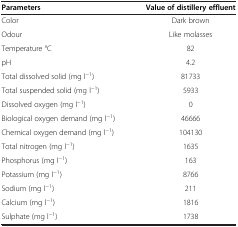
<table><thead><tr><td><b>Parameters</b></td><td><b>Value of distillery effluent</b></td></tr></thead><tbody><tr><td>Color</td><td>Dark brown</td></tr><tr><td>Odour</td><td>Like molasses</td></tr><tr><td>Temperature °C</td><td>82</td></tr><tr><td>pH</td><td>4.2</td></tr><tr><td>Total dissolved solid (mg l<sup>−1</sup>)</td><td>81733</td></tr><tr><td>Total suspended solid (mg l<sup>−1</sup>)</td><td>5933</td></tr><tr><td>Dissolved oxygen (mg l<sup>−1</sup>)</td><td>0</td></tr><tr><td>Biological oxygen demand (mg l<sup>−1</sup>)</td><td>46666</td></tr><tr><td>Chemical oxygen demand (mg l<sup>−1</sup>)</td><td>104130</td></tr><tr><td>Total nitrogen (mg l<sup>−1</sup>)</td><td>1635</td></tr><tr><td>Phosphorus (mg l<sup>−1</sup>)</td><td>163</td></tr><tr><td>Potassium (mg l<sup>−1</sup>)</td><td>8766</td></tr><tr><td>Sodium (mg l<sup>−1</sup>)</td><td>211</td></tr><tr><td>Calcium (mg l<sup>−1</sup>)</td><td>1816</td></tr><tr><td>Sulphate (mg l<sup>−1</sup>)</td><td>1738</td></tr></tbody></table>